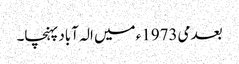
بعد می1973ء میں الہ آباد پہنچا۔